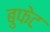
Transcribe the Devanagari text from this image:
बुफेट